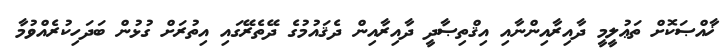
ޚާއްޞަކޮށް ތަޢުލީމީ ދާއިރާއިންނާއި އިޤްތިޞާދީ ދާއިރާއިން ދެޤައުމުގެ ދޭތެރޭގައި އިތުރަށް ގުޅުން ބަދަހިކުރެއްވުމާ